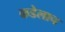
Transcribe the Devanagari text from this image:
कडेलाच